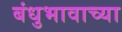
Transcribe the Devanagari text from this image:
बंधुभावाच्या